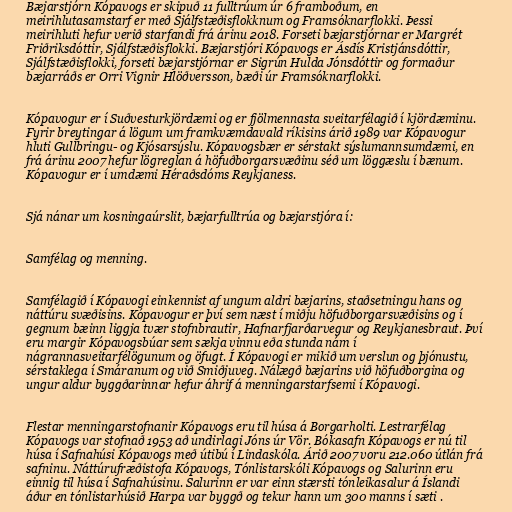
Bæjarstjórn Kópavogs er skipuð 11 fulltrúum úr 6 framboðum, en
meirihlutasamstarf er með Sjálfstæðisflokknum og Framsóknarflokki. Þessi
meirihluti hefur verið starfandi frá árinu 2018. Forseti bæjarstjórnar er Margrét
Friðriksdóttir, Sjálfstæðisflokki. Bæjarstjóri Kópavogs er Ásdís Kristjánsdóttir,
Sjálfstæðisflokki, forseti bæjarstjórnar er Sigrún Hulda Jónsdóttir og formaður
bæjarráðs er Orri Vignir Hlöðversson, bæði úr Framsóknarflokki.

Kópavogur er í Suðvesturkjördæmi og er fjölmennasta sveitarfélagið í kjördæminu.
Fyrir breytingar á lögum um framkvæmdavald ríkisins árið 1989 var Kópavogur
hluti Gullbringu- og Kjósarsýslu. Kópavogsbær er sérstakt sýslumannsumdæmi, en
frá árinu 2007 hefur lögreglan á höfuðborgarsvæðinu séð um löggæslu í bænum.
Kópavogur er í umdæmi Héraðsdóms Reykjaness.

Sjá nánar um kosningaúrslit, bæjarfulltrúa og bæjarstjóra í:

Samfélag og menning.

Samfélagið í Kópavogi einkennist af ungum aldri bæjarins, staðsetningu hans og
náttúru svæðisins. Kópavogur er því sem næst í miðju höfuðborgarsvæðisins og í
gegnum bæinn liggja tvær stofnbrautir, Hafnarfjarðarvegur og Reykjanesbraut. Því
eru margir Kópavogsbúar sem sækja vinnu eða stunda nám í
nágrannasveitarfélögunum og öfugt. Í Kópavogi er mikið um verslun og þjónustu,
sérstaklega í Smáranum og við Smiðjuveg. Nálægð bæjarins við höfuðborgina og
ungur aldur byggðarinnar hefur áhrif á menningarstarfsemi í Kópavogi.

Flestar menningarstofnanir Kópavogs eru til húsa á Borgarholti. Lestrarfélag
Kópavogs var stofnað 1953 að undirlagi Jóns úr Vör. Bókasafn Kópavogs er nú til
húsa í Safnahúsi Kópavogs með útibú í Lindaskóla. Árið 2007 voru 212.060 útlán frá
safninu. Náttúrufræðistofa Kópavogs, Tónlistarskóli Kópavogs og Salurinn eru
einnig til húsa í Safnahúsinu. Salurinn er var einn stærsti tónleikasalur á Íslandi
áður en tónlistarhúsið Harpa var byggð og tekur hann um 300 manns í sæti .